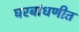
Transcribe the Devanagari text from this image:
घरबांधणीत